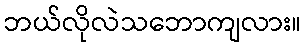
ဘယ်လိုလဲသဘောကျလား။